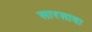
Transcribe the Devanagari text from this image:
सारसावा